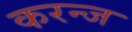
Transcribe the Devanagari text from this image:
करन्‍ज